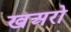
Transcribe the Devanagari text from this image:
खअरो